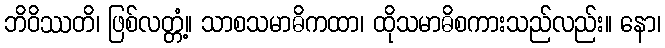
ဘိဝိဿတိ၊ ဖြစ်လတ္တံ့။ သာစသမာဓိကထာ၊ ထိုသမာဓိစကားသည်လည်း။ နော၊